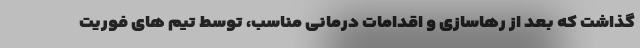
گذاشت که بعد از رهاسازی و اقدامات درمانی مناسب، توسط تیم های فوریت